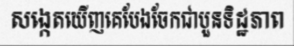
សង្កេតឃើញគេបែងចែកជាបួនទិដ្ឋភាព